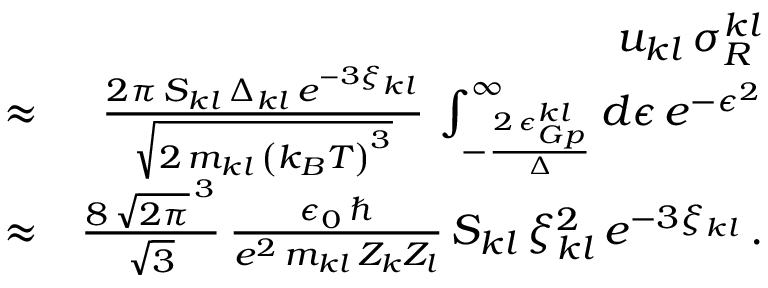
\begin{array} { r l r } & { } & { u _ { k l } \, \sigma _ { R } ^ { k l } } \\ & { \approx } & { \frac { 2 \pi \, S _ { k l } \, \Delta _ { k l } \, e ^ { - 3 \xi _ { k l } } } { \sqrt { 2 \, m _ { k l } \, \left( k _ { B } T \right) ^ { 3 } } } \, \int _ { - \frac { 2 \, \epsilon _ { G p } ^ { k l } } { \Delta } } ^ { \infty } d \epsilon \, e ^ { - \epsilon ^ { 2 } } } \\ & { \approx } & { \frac { 8 \, \sqrt { 2 \pi } ^ { \, 3 } } { \sqrt { 3 } } \, \frac { \epsilon _ { 0 } \, \hbar } { e ^ { 2 } \, m _ { k l } \, Z _ { k } Z _ { l } } \, S _ { k l } \, \xi _ { k l } ^ { 2 } \, e ^ { - 3 \xi _ { k l } } \, . } \end{array}